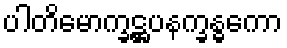
ပါတိမောက္ခဋ္ဌပနက္ခန္ဓကော